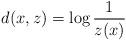
LaTeX: \begin{align*} d(x,z) = \log \frac{1}{z(x)}\end{align*}